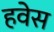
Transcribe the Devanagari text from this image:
हवेस